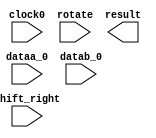
// megafunction wizard: %ALTMULT_ADD%VBB%
// GENERATION: STANDARD
// VERSION: WM1.0
// MODULE: ALTMULT_ADD 

// ============================================================
// Megafunction Name(s):
// 			ALTMULT_ADD
//
// Simulation Library Files(s):
// 			altera_mf
// ============================================================
// ************************************************************
// THIS IS A WIZARD-GENERATED FILE. DO NOT EDIT THIS FILE!
//
// 12.0 Build 178 05/31/2012 SJ Full Version
// ************************************************************

//Copyright (C) 1991-2012 Altera Corporation
//Your use of Altera Corporation's design tools, logic functions 
//and other software and tools, and its AMPP partner logic 
//functions, and any output files from any of the foregoing 
//(including device programming or simulation files), and any 
//associated documentation or information are expressly subject 
//to the terms and conditions of the Altera Program License 
//Subscription Agreement, Altera MegaCore Function License 
//Agreement, or other applicable license agreement, including, 
//without limitation, that your use is for the sole purpose of 
//programming logic devices manufactured by Altera and sold by 
//Altera or its authorized distributors.  Please refer to the 
//applicable agreement for further details.

module dsp_shift_megafn (
	clock0,
	dataa_0,
	datab_0,
	rotate,
	shift_right,
	result);

	input	  clock0;
	input	[31:0]  dataa_0;
	input	[31:0]  datab_0;
	input	  rotate;
	input	  shift_right;
	output	[31:0]  result;
`ifndef ALTERA_RESERVED_QIS
// synopsys translate_off
`endif
	tri1	  clock0;
	tri0	[31:0]  dataa_0;
	tri0	[31:0]  datab_0;
	tri0	  rotate;
	tri0	  shift_right;
`ifndef ALTERA_RESERVED_QIS
// synopsys translate_on
`endif

endmodule

// ============================================================
// CNX file retrieval info
// ============================================================
// Retrieval info: PRIVATE: ACCUM_DIRECTION STRING "Add"
// Retrieval info: PRIVATE: ACCUM_SLOAD_ACLR_SRC NUMERIC "3"
// Retrieval info: PRIVATE: ACCUM_SLOAD_CLK_SRC NUMERIC "0"
// Retrieval info: PRIVATE: ACCUM_SLOAD_PIPE_ACLR_SRC NUMERIC "3"
// Retrieval info: PRIVATE: ACCUM_SLOAD_PIPE_CLK_SRC NUMERIC "0"
// Retrieval info: PRIVATE: ACCUM_SLOAD_PIPE_REG STRING "1"
// Retrieval info: PRIVATE: ACCUM_SLOAD_REG STRING "1"
// Retrieval info: PRIVATE: ADDNSUB1_ACLR_SRC NUMERIC "3"
// Retrieval info: PRIVATE: ADDNSUB1_CLK_SRC NUMERIC "0"
// Retrieval info: PRIVATE: ADDNSUB1_PIPE_ACLR_SRC NUMERIC "3"
// Retrieval info: PRIVATE: ADDNSUB1_PIPE_CLK_SRC NUMERIC "0"
// Retrieval info: PRIVATE: ADDNSUB1_PIPE_REG STRING "1"
// Retrieval info: PRIVATE: ADDNSUB1_REG STRING "1"
// Retrieval info: PRIVATE: ADDNSUB3_ACLR_SRC NUMERIC "3"
// Retrieval info: PRIVATE: ADDNSUB3_CLK_SRC NUMERIC "0"
// Retrieval info: PRIVATE: ADDNSUB3_PIPE_ACLR_SRC NUMERIC "3"
// Retrieval info: PRIVATE: ADDNSUB3_PIPE_CLK_SRC NUMERIC "0"
// Retrieval info: PRIVATE: ADDNSUB3_PIPE_REG STRING "1"
// Retrieval info: PRIVATE: ADDNSUB3_REG STRING "1"
// Retrieval info: PRIVATE: ADD_ENABLE NUMERIC "0"
// Retrieval info: PRIVATE: ALL_REG_ACLR NUMERIC "0"
// Retrieval info: PRIVATE: A_ACLR_SRC_MULT0 NUMERIC "3"
// Retrieval info: PRIVATE: A_CLK_SRC_MULT0 NUMERIC "0"
// Retrieval info: PRIVATE: B_ACLR_SRC_MULT0 NUMERIC "3"
// Retrieval info: PRIVATE: B_CLK_SRC_MULT0 NUMERIC "0"
// Retrieval info: PRIVATE: CHAINOUT_OUTPUT_ACLR NUMERIC "3"
// Retrieval info: PRIVATE: CHAINOUT_OUTPUT_REG STRING "0"
// Retrieval info: PRIVATE: CHAINOUT_OUTPUT_REGISTER NUMERIC "0"
// Retrieval info: PRIVATE: CHAINOUT_OUTPUT_REGISTERED NUMERIC "0"
// Retrieval info: PRIVATE: CHAS_ZERO_CHAINOUT NUMERIC "0"
// Retrieval info: PRIVATE: HAS_ACCUMULATOR NUMERIC "0"
// Retrieval info: PRIVATE: HAS_ACUMM_SLOAD NUMERIC "0"
// Retrieval info: PRIVATE: HAS_CHAININ_PORT NUMERIC "0"
// Retrieval info: PRIVATE: HAS_CHAINOUT_ADDER NUMERIC "0"
// Retrieval info: PRIVATE: HAS_LOOPBACK NUMERIC "0"
// Retrieval info: PRIVATE: HAS_MAC STRING "0"
// Retrieval info: PRIVATE: HAS_SAT_ROUND STRING "0"
// Retrieval info: PRIVATE: HAS_ZERO_LOOPBACK NUMERIC "0"
// Retrieval info: PRIVATE: IMPL_STYLE_DEDICATED NUMERIC "1"
// Retrieval info: PRIVATE: IMPL_STYLE_DEFAULT NUMERIC "0"
// Retrieval info: PRIVATE: IMPL_STYLE_LCELL NUMERIC "0"
// Retrieval info: PRIVATE: INTENDED_DEVICE_FAMILY STRING "Stratix IV"
// Retrieval info: PRIVATE: MULT_REGA0 NUMERIC "1"
// Retrieval info: PRIVATE: MULT_REGB0 NUMERIC "1"
// Retrieval info: PRIVATE: MULT_REGOUT0 NUMERIC "1"
// Retrieval info: PRIVATE: NUM_MULT STRING "1"
// Retrieval info: PRIVATE: OP1 STRING "Add"
// Retrieval info: PRIVATE: OP3 STRING "Add"
// Retrieval info: PRIVATE: OUTPUT_EXTRA_LAT NUMERIC "0"
// Retrieval info: PRIVATE: OUTPUT_REG_ACLR_SRC NUMERIC "3"
// Retrieval info: PRIVATE: OUTPUT_REG_CLK_SRC NUMERIC "0"
// Retrieval info: PRIVATE: Q_ACLR_SRC_MULT0 NUMERIC "3"
// Retrieval info: PRIVATE: Q_CLK_SRC_MULT0 NUMERIC "0"
// Retrieval info: PRIVATE: REG_OUT NUMERIC "1"
// Retrieval info: PRIVATE: RNFORMAT STRING "32"
// Retrieval info: PRIVATE: ROTATE_ACLR_SRC NUMERIC "3"
// Retrieval info: PRIVATE: ROTATE_CLK_SRC NUMERIC "0"
// Retrieval info: PRIVATE: ROTATE_OUT_ACLR_SRC NUMERIC "3"
// Retrieval info: PRIVATE: ROTATE_OUT_CLK_SRC NUMERIC "0"
// Retrieval info: PRIVATE: ROTATE_OUT_REG STRING "1"
// Retrieval info: PRIVATE: ROTATE_PIPE_ACLR_SRC NUMERIC "3"
// Retrieval info: PRIVATE: ROTATE_PIPE_CLK_SRC NUMERIC "0"
// Retrieval info: PRIVATE: ROTATE_PIPE_REG STRING "1"
// Retrieval info: PRIVATE: ROTATE_REG STRING "1"
// Retrieval info: PRIVATE: RQFORMAT STRING "Q1.15"
// Retrieval info: PRIVATE: RTS_WIDTH STRING "32"
// Retrieval info: PRIVATE: SAME_CONFIG NUMERIC "1"
// Retrieval info: PRIVATE: SAME_CONTROL_SRC_A0 NUMERIC "1"
// Retrieval info: PRIVATE: SAME_CONTROL_SRC_B0 NUMERIC "1"
// Retrieval info: PRIVATE: SCANOUTA NUMERIC "0"
// Retrieval info: PRIVATE: SCANOUTB NUMERIC "0"
// Retrieval info: PRIVATE: SHIFTOUTA_ACLR_SRC NUMERIC "3"
// Retrieval info: PRIVATE: SHIFTOUTA_CLK_SRC NUMERIC "0"
// Retrieval info: PRIVATE: SHIFTOUTA_REG STRING "0"
// Retrieval info: PRIVATE: SHIFT_RIGHT_ACLR_SRC NUMERIC "3"
// Retrieval info: PRIVATE: SHIFT_RIGHT_CLK_SRC NUMERIC "0"
// Retrieval info: PRIVATE: SHIFT_RIGHT_OUT_ACLR_SRC NUMERIC "3"
// Retrieval info: PRIVATE: SHIFT_RIGHT_OUT_CLK_SRC NUMERIC "0"
// Retrieval info: PRIVATE: SHIFT_RIGHT_OUT_REG STRING "1"
// Retrieval info: PRIVATE: SHIFT_RIGHT_PIPE_ACLR_SRC NUMERIC "3"
// Retrieval info: PRIVATE: SHIFT_RIGHT_PIPE_CLK_SRC NUMERIC "0"
// Retrieval info: PRIVATE: SHIFT_RIGHT_PIPE_REG STRING "1"
// Retrieval info: PRIVATE: SHIFT_RIGHT_REG STRING "1"
// Retrieval info: PRIVATE: SHIFT_ROTATE_MODE STRING "Variable"
// Retrieval info: PRIVATE: SIGNA STRING "UNSIGNED"
// Retrieval info: PRIVATE: SIGNA_ACLR_SRC NUMERIC "3"
// Retrieval info: PRIVATE: SIGNA_CLK_SRC NUMERIC "0"
// Retrieval info: PRIVATE: SIGNA_PIPE_ACLR_SRC NUMERIC "3"
// Retrieval info: PRIVATE: SIGNA_PIPE_CLK_SRC NUMERIC "0"
// Retrieval info: PRIVATE: SIGNA_PIPE_REG STRING "1"
// Retrieval info: PRIVATE: SIGNA_REG STRING "1"
// Retrieval info: PRIVATE: SIGNB STRING "UNSIGNED"
// Retrieval info: PRIVATE: SIGNB_ACLR_SRC NUMERIC "3"
// Retrieval info: PRIVATE: SIGNB_CLK_SRC NUMERIC "0"
// Retrieval info: PRIVATE: SIGNB_PIPE_ACLR_SRC NUMERIC "3"
// Retrieval info: PRIVATE: SIGNB_PIPE_CLK_SRC NUMERIC "0"
// Retrieval info: PRIVATE: SIGNB_PIPE_REG STRING "1"
// Retrieval info: PRIVATE: SIGNB_REG STRING "1"
// Retrieval info: PRIVATE: SRCA0 STRING "Multiplier input"
// Retrieval info: PRIVATE: SRCB0 STRING "Multiplier input"
// Retrieval info: PRIVATE: SYNTH_WRAPPER_GEN_POSTFIX STRING "0"
// Retrieval info: PRIVATE: WIDTHA STRING "32"
// Retrieval info: PRIVATE: WIDTHB STRING "32"
// Retrieval info: PRIVATE: ZERO_CHAINOUT_ACLR_SRC NUMERIC "3"
// Retrieval info: PRIVATE: ZERO_CHAINOUT_CLK_SRC NUMERIC "0"
// Retrieval info: PRIVATE: ZERO_CHAINOUT_REG STRING "0"
// Retrieval info: PRIVATE: ZERO_LOOPBACK_ACLR_SRC NUMERIC "3"
// Retrieval info: PRIVATE: ZERO_LOOPBACK_CLK_SRC NUMERIC "0"
// Retrieval info: PRIVATE: ZERO_LOOPBACK_OUT_ACLR_SRC NUMERIC "3"
// Retrieval info: PRIVATE: ZERO_LOOPBACK_OUT_CLK_SRC NUMERIC "0"
// Retrieval info: PRIVATE: ZERO_LOOPBACK_OUT_REG STRING "1"
// Retrieval info: PRIVATE: ZERO_LOOPBACK_PIPE_ACLR_SRC NUMERIC "3"
// Retrieval info: PRIVATE: ZERO_LOOPBACK_PIPE_CLK_SRC NUMERIC "0"
// Retrieval info: PRIVATE: ZERO_LOOPBACK_PIPE_REG STRING "1"
// Retrieval info: PRIVATE: ZERO_LOOPBACK_REG STRING "1"
// Retrieval info: LIBRARY: altera_mf altera_mf.altera_mf_components.all
// Retrieval info: CONSTANT: ACCUMULATOR STRING "NO"
// Retrieval info: CONSTANT: ADDNSUB_MULTIPLIER_ACLR1 STRING "UNUSED"
// Retrieval info: CONSTANT: ADDNSUB_MULTIPLIER_PIPELINE_ACLR1 STRING "UNUSED"
// Retrieval info: CONSTANT: ADDNSUB_MULTIPLIER_PIPELINE_REGISTER1 STRING "CLOCK0"
// Retrieval info: CONSTANT: ADDNSUB_MULTIPLIER_REGISTER1 STRING "CLOCK0"
// Retrieval info: CONSTANT: CHAINOUT_ADDER STRING "NO"
// Retrieval info: CONSTANT: CHAINOUT_REGISTER STRING "UNREGISTERED"
// Retrieval info: CONSTANT: DEDICATED_MULTIPLIER_CIRCUITRY STRING "YES"
// Retrieval info: CONSTANT: INPUT_ACLR_A0 STRING "UNUSED"
// Retrieval info: CONSTANT: INPUT_ACLR_B0 STRING "UNUSED"
// Retrieval info: CONSTANT: INPUT_REGISTER_A0 STRING "CLOCK0"
// Retrieval info: CONSTANT: INPUT_REGISTER_B0 STRING "CLOCK0"
// Retrieval info: CONSTANT: INPUT_SOURCE_A0 STRING "DATAA"
// Retrieval info: CONSTANT: INPUT_SOURCE_B0 STRING "DATAB"
// Retrieval info: CONSTANT: INTENDED_DEVICE_FAMILY STRING "Stratix IV"
// Retrieval info: CONSTANT: LPM_TYPE STRING "altmult_add"
// Retrieval info: CONSTANT: MULTIPLIER1_DIRECTION STRING "ADD"
// Retrieval info: CONSTANT: MULTIPLIER_ACLR0 STRING "UNUSED"
// Retrieval info: CONSTANT: MULTIPLIER_REGISTER0 STRING "CLOCK0"
// Retrieval info: CONSTANT: NUMBER_OF_MULTIPLIERS NUMERIC "1"
// Retrieval info: CONSTANT: OUTPUT_ACLR STRING "UNUSED"
// Retrieval info: CONSTANT: OUTPUT_REGISTER STRING "CLOCK0"
// Retrieval info: CONSTANT: PORT_ADDNSUB1 STRING "PORT_UNUSED"
// Retrieval info: CONSTANT: PORT_SIGNA STRING "PORT_UNUSED"
// Retrieval info: CONSTANT: PORT_SIGNB STRING "PORT_UNUSED"
// Retrieval info: CONSTANT: REPRESENTATION_A STRING "UNSIGNED"
// Retrieval info: CONSTANT: REPRESENTATION_B STRING "UNSIGNED"
// Retrieval info: CONSTANT: ROTATE_ACLR STRING "UNUSED"
// Retrieval info: CONSTANT: ROTATE_OUTPUT_ACLR STRING "UNUSED"
// Retrieval info: CONSTANT: ROTATE_OUTPUT_REGISTER STRING "CLOCK0"
// Retrieval info: CONSTANT: ROTATE_PIPELINE_ACLR STRING "UNUSED"
// Retrieval info: CONSTANT: ROTATE_PIPELINE_REGISTER STRING "CLOCK0"
// Retrieval info: CONSTANT: ROTATE_REGISTER STRING "CLOCK0"
// Retrieval info: CONSTANT: SHIFT_MODE STRING "VARIABLE"
// Retrieval info: CONSTANT: SHIFT_RIGHT_ACLR STRING "UNUSED"
// Retrieval info: CONSTANT: SHIFT_RIGHT_OUTPUT_ACLR STRING "UNUSED"
// Retrieval info: CONSTANT: SHIFT_RIGHT_OUTPUT_REGISTER STRING "CLOCK0"
// Retrieval info: CONSTANT: SHIFT_RIGHT_PIPELINE_ACLR STRING "UNUSED"
// Retrieval info: CONSTANT: SHIFT_RIGHT_PIPELINE_REGISTER STRING "CLOCK0"
// Retrieval info: CONSTANT: SHIFT_RIGHT_REGISTER STRING "CLOCK0"
// Retrieval info: CONSTANT: SIGNED_ACLR_A STRING "UNUSED"
// Retrieval info: CONSTANT: SIGNED_ACLR_B STRING "UNUSED"
// Retrieval info: CONSTANT: SIGNED_PIPELINE_ACLR_A STRING "UNUSED"
// Retrieval info: CONSTANT: SIGNED_PIPELINE_ACLR_B STRING "UNUSED"
// Retrieval info: CONSTANT: SIGNED_PIPELINE_REGISTER_A STRING "CLOCK0"
// Retrieval info: CONSTANT: SIGNED_PIPELINE_REGISTER_B STRING "CLOCK0"
// Retrieval info: CONSTANT: SIGNED_REGISTER_A STRING "CLOCK0"
// Retrieval info: CONSTANT: SIGNED_REGISTER_B STRING "CLOCK0"
// Retrieval info: CONSTANT: WIDTH_A NUMERIC "32"
// Retrieval info: CONSTANT: WIDTH_B NUMERIC "32"
// Retrieval info: CONSTANT: WIDTH_CHAININ NUMERIC "1"
// Retrieval info: CONSTANT: WIDTH_RESULT NUMERIC "32"
// Retrieval info: CONSTANT: ZERO_CHAINOUT_OUTPUT_ACLR STRING "UNUSED"
// Retrieval info: CONSTANT: ZERO_CHAINOUT_OUTPUT_REGISTER STRING "CLOCK0"
// Retrieval info: CONSTANT: ZERO_LOOPBACK_ACLR STRING "UNUSED"
// Retrieval info: CONSTANT: ZERO_LOOPBACK_OUTPUT_ACLR STRING "UNUSED"
// Retrieval info: CONSTANT: ZERO_LOOPBACK_OUTPUT_REGISTER STRING "CLOCK0"
// Retrieval info: CONSTANT: ZERO_LOOPBACK_PIPELINE_ACLR STRING "UNUSED"
// Retrieval info: CONSTANT: ZERO_LOOPBACK_PIPELINE_REGISTER STRING "CLOCK0"
// Retrieval info: CONSTANT: ZERO_LOOPBACK_REGISTER STRING "CLOCK0"
// Retrieval info: USED_PORT: clock0 0 0 0 0 INPUT VCC "clock0"
// Retrieval info: USED_PORT: dataa_0 0 0 32 0 INPUT GND "dataa_0[31..0]"
// Retrieval info: USED_PORT: datab_0 0 0 32 0 INPUT GND "datab_0[31..0]"
// Retrieval info: USED_PORT: result 0 0 32 0 OUTPUT GND "result[31..0]"
// Retrieval info: USED_PORT: rotate 0 0 0 0 INPUT GND "rotate"
// Retrieval info: USED_PORT: shift_right 0 0 0 0 INPUT GND "shift_right"
// Retrieval info: CONNECT: @clock0 0 0 0 0 clock0 0 0 0 0
// Retrieval info: CONNECT: @dataa 0 0 32 0 dataa_0 0 0 32 0
// Retrieval info: CONNECT: @datab 0 0 32 0 datab_0 0 0 32 0
// Retrieval info: CONNECT: @rotate 0 0 0 0 rotate 0 0 0 0
// Retrieval info: CONNECT: @shift_right 0 0 0 0 shift_right 0 0 0 0
// Retrieval info: CONNECT: result 0 0 32 0 @result 0 0 32 0
// Retrieval info: GEN_FILE: TYPE_NORMAL dsp_shift_megafn.v TRUE
// Retrieval info: GEN_FILE: TYPE_NORMAL dsp_shift_megafn.inc FALSE
// Retrieval info: GEN_FILE: TYPE_NORMAL dsp_shift_megafn.cmp FALSE
// Retrieval info: GEN_FILE: TYPE_NORMAL dsp_shift_megafn.bsf FALSE
// Retrieval info: GEN_FILE: TYPE_NORMAL dsp_shift_megafn_inst.v TRUE
// Retrieval info: GEN_FILE: TYPE_NORMAL dsp_shift_megafn_bb.v TRUE
// Retrieval info: LIB_FILE: altera_mf